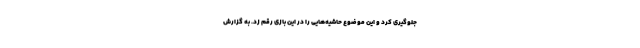
جلوگیری کرد و این موضوع حاشیه‌هایی را در این بازی رقم زد. به گزارش